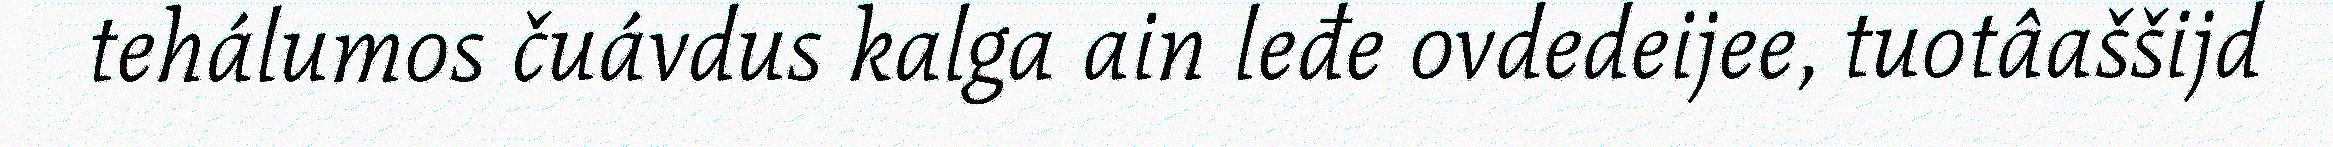
tehálumos čuávdus kalga ain leđe ovdedeijee, tuotâaššijd